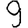
Digit: 9